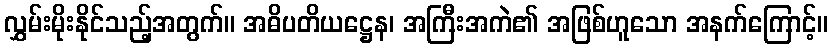
လွှမ်းမိုးနိုင်သည့်အတွက်။ အဓိပတိယဋ္ဌေန၊ အကြီးအကဲ၏ အဖြစ်ဟူသော အနက်ကြောင့်။